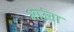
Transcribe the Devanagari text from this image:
भाउंचा